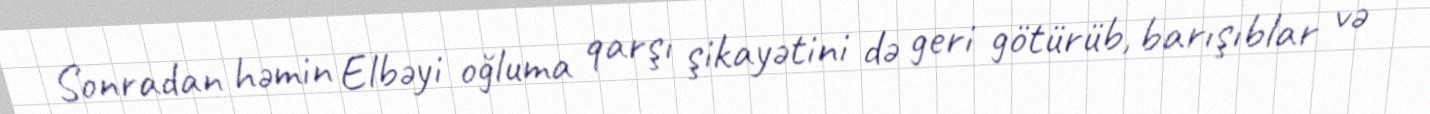
Sonradan həmin Elbəyi oğluma qarşı şikayətini də geri götürüb, barışıblar və